Calcutta medical institutions reports 1892-1900
Year: 1892
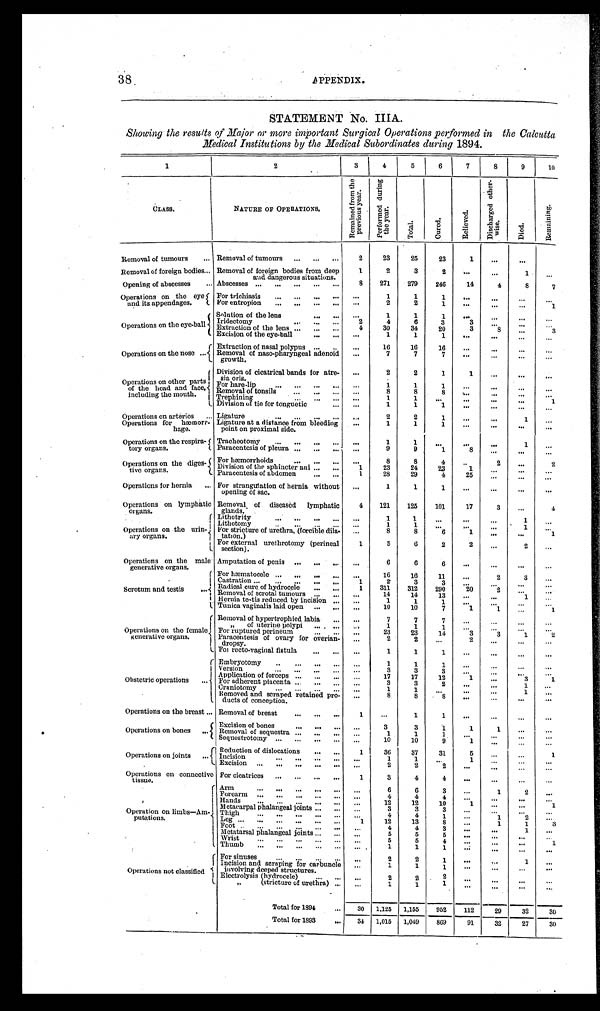
38
APPENDIX..
STATEMENT No. IIIA.
Showing the results of Major or more important Surgical Operations performed in the Calcutta
Medical Institutions by the Medical Subordinates during 1894.
1
2
3
4
5
6
7
8
9
1 0
CLASS.
NATURE OF OPERATIONS.
R e m a i n e d f r o m t h e p r e v i o u s y e a r .
P e r f o r m e d d u r i n g t h e y e a r .
T o t a l .
C u r e d .
R e l i e v e d .
D i s c h a r g e d o t h e r - w i s e .
D i e d .
R e m a i n i n g .
Removal of tumours . . . Removal of tumours. . .
2
23
25
23
1
. . .
. . .
. . .
Removal of foreign bodies . . . Removal of foreign bodies from deep
and dangerous situations.
1
2
3
2
. . .
. . .
1
. . .
8
271
279
246
14
4
8
7
Opening of abscesses . . . Abscesses . . .
Operations on the eye
and its appendages.
For trichiasis . . .
1
1
1
. . .
. . .
. . .
. . .
For entropion . . .
. . .
2
2
1
. . .
. . .
. . .
1
Operations on the eye-ball
Solution of the lens . . .
. . .
1
1
1
. . .
. . .
. . .
. . .
Iridectomy . . .
2
4
6
3
3
. . .
. . .
. . .
Extraction of the lens . . .
4
30
34
20
3
8 . . .
3
Excision of the eye-ball . . .
. . .
1
1
1
. . .
. . .
. . .
. . .
Operations on the nose . . .
Extraction of nasal polypus . . .
. . .
16
16
16
. . .
. . .
. . .
. . .
Removal of naso-pharyngeal adenoid
growth.
. . .
7
7
7
. . .
. . .
. . .
. . .
Operations on other parts
of the head and face,
including the mouth.
Division of cicatrical bands for atre
-sia oris.
. . .
2
2
1
1
. . .
. . .
. . .
For hare-lip . . .
. . .
1
1
1
. . .
. . .
. . .
. . .
Removal of tonsils- . . .
. . .
8
8
8
. . .
. . . . . .
. . .
Trephining . . .
. . .
1
1
. . .
. . .
. . .
. . .
1
Division of tie for tonguetic . . .
. . .
1
1
1
. . .
. . .
. . .
. . .
Operations on arteries . . . Ligature . . .
. . .
2
2
1
. . .
. . .
1
. . .
1
1
1
. . .
. . .
. . .
. . .
Operations for hæmorr
-hage.
Ligature at a distance from bleeding
point on proximal side.
. . .
Operations on the respira
-tory organs.
Tracheotomy . . .
. . .
1
1
. . .
. . .
. . .
1
. . .
Paracentesis of pleura . . .
. . .
9
9
1
8
. . .
. . .
. . .
Operations on the diges
-tive organs.
For hæmorrhoids . . .
. . .
8
8
4
. . .
2
. . .
2
Division of the sphincter ani . . .
1
23
24
23
1
. . .
. . .
. . .
Paracentesis of abdomen . . .
1
28
29
4
25
. . .
. . .
. . .
Operations for hernia . . . For strangulation of hernia without
opening of sac.
. . .
1
1
1
. . .
. . .
. . .
. . .
Operations on lymphatic
organs.
Removal of diseased lymphatic
glands.
4
121
125
101
17
3
. . .
4
Operations on the urin
- a r y o r g a n s .
Lithotrity . . .
. . .
1
1
. . .
. . .
. . .
1
. . .
Lithotomy . . .
. . .
1
1
. . .
. . .
. . .
1
. . .
For stricture of urethra, (forcible dila
-tation.)
. . .
8
8
6
1
. . .
. . .
1
For external urethrotomy (perineal
section).
1
5
6
2
2
. . .
2
. . .
Operations on the male
generative organs.
Amputation of penis . . .
. . .
6
6
6
. . .
. . .
. . .
. . .
For hæmatocele . . .
. . .
16
16
11
. . .
2
3
. . .
Scrotum and testis . . .
Castration . . .
1
2
3
3
. . .
. . .
. . .
. . .
Radical cure of hydrocele . . .
1
311
3 1 2
290
2 0
2
. . .
. . .
Removal of scrotal tumours
. . .
. . .
14
14
13
. . .
. . .
1
. . .
Hernia testis reduced by incision . . .
. . .
1
1
1
. . .
. . .
. . .
. . .
Tunica vaginalis laid open . . .
. . .
10
10
7
1
1
. . .
1
Operations on the female
generative organs.
Removal of hypertrophied labia . . .
. . .
7
7
7
. . .
. . .
. . .
. . .
" of uterine polypi . . .
. . .
1
1
1
. . .
. . .
. . .
. . .
For ruptured perineum . . .
. . .
23
23
14
3
3
1
2
Paracentesis of ovary for overian
-dropsy.
. . .
2
2
. . .
2
. . .
. . .
. . .
For recto-vaginal fistula . . .
. . .
1
1
1
. . .
. . .
. . .
. . .
Obstetric operations . . .
Embryotomy . . .
. . .
1
1
1 . . .
. . .
. . .
. . .
Version . . .
. . .
3
3
3
. . .
. . .
. . .
. . .
Application of forceps . . .
. . .
17
17
12
1
. . .
3
1
For adherent placenta . . .
. . .
3
3
2
. . .
. . .
1
. . .
Craniotomy . . .
. . .
1
1
. . .
. . .
. . .
1
. . .
Removed and scraped retained pro
-ducts of conception.
. . .
8
8
8
. . .
. . .
. . .
. . .
Operations on the breast . . . Removal of breast . . .
1
. . .
1
1
. . .
. . .
. . .
. . .
Operations on bones . . .
Excision of bones . . .
. . .
3
3
1
1
1
. . .
. . .
Removal of sequestra . . .
. . .
1
1
1 . . .
. . .
. . .
. . .
Sequestrotomy . . .
. . .
10
10
9 1
. . .
. . .
. . .
Operations on joints . . .
Reduction of dislocations . . .
1 1
36
37
31
5
. . .
. . .
1
Incision . . .
. . .
1
1
. . .
1
. . .
. . .
. . .
Excision . . .
. . .
2
2
2
. . .
. . .
. . .
. . .
Operations on connective
tissue.
For cicatrices . . .
1
3
4
4 . . .
. . .
. . .
. . .
Operation on limbs—Am
- p u t a t i o n s .
Arm . . .
. . .
6
6
3
. . .
1
2
. . .
Forearm . . .
. . .
4
4
4
. . .
. . .
. . .
. . .
Hands . . .
12
12
10
1
. . .
. . .
1
. . .
Metacarpal phalangeal joints . . . . . .
3
3
3 . . .
. . .
. . .
. . .
. . .
4
4
1
. . .
1
2
. . .
Thigh . . L e g . . .
1
12
13
8
1
1
3
F o o t . . .
. . .
4
4
3
. . .
. . .
1
. . .
Metatarsal phalangeal joints . . .
. . .
5
5
5
. . .
. . .
. . .
. . .
. . .
5
5
4
. . .
. . .
. . .
1
Wrist . . .
Thumb . . .
. . .
1
1
1
. . .
. . .
. . .
. . .
Operations not classified
For sinuses . . . . . .
2
2
1
. . .
. . .
1
. . .
Incision and scraping for carbuncle
involving deeped structures.
. . .
1
1
1
. . .
. . .
. . .
. . .
. . .
2
2
2
. . .
. . .
. . .
. . .
Electrolysis (hydrocele) . . .
" (stricture of urethra) . . .
. . .
1
1
1
. . .
. . .
. . . . . .
Total for 1894 . . .
30 1,125 1,155
952
112
32
30
29
Total for 1893 . . .
34 1,015 1,049
869
91
3 2
27
30